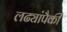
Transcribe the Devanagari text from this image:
लढ्यांपैकी